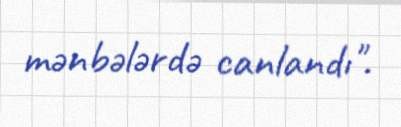
mənbələrdə canlandı".